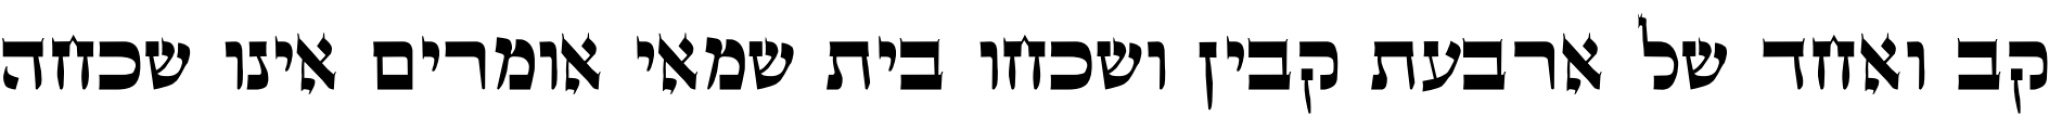
קב ואחד של ארבעת קבין ושכחו בית שמאי אומרים אינו שכחה